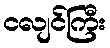
ငလျင်ကြီး